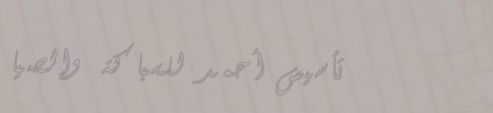
تأسيس أحمد للسباكة والصيا